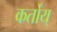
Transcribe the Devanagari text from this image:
कर्तोय्